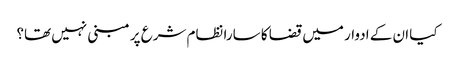
کیا ان کے ادوار میں قضا کا سارا نظام شرع پر مبنی نہیں تھا؟